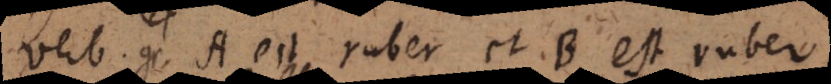
verb. gr. A est ruber et B est ruber,